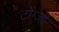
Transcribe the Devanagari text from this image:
टोंग्जी